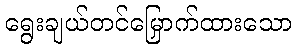
ရွေးချယ်တင်မြှောက်ထားသော